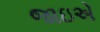
જાઇએ